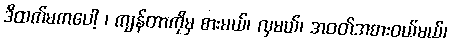
ဒိထက်မကပေါ့ ၊ ကျန်တာကိုမှ စားမယ်၊ လှမယ်၊ အဝတ်အစားဝယ်မယ်၊